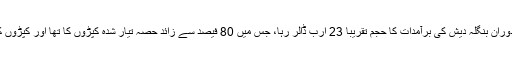
جون 2011ء میں ختم ہونے والے مالی سال کے دوران بنگلہ دیش کی برآمدات کا حجم تقریباً 23 ارب ڈالر رہا، جس میں 80 فیصد سے زائد حصہ تیار شدہ کپڑوں کا تھا اور کپڑوں کی 56 فیصد برآمدات یورپی منڈیوں میں کی گئیں۔